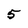
Character: 5